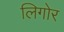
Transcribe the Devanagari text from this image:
लिगोर